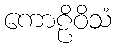
ကောဠိဝိသံ